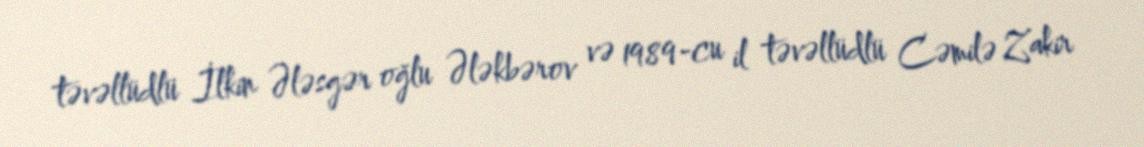
təvəllüdlü İlkin Ələsgər oğlu Ələkbərov və 1989-cu il təvəllüdlü Cəmilə Zakir